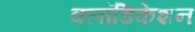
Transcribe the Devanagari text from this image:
क्लॉडिकेशन